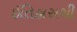
ઇતિહાસથી